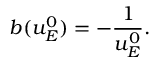
b ( u _ { E } ^ { 0 } ) = - \frac { 1 } { u _ { E } ^ { 0 } } .